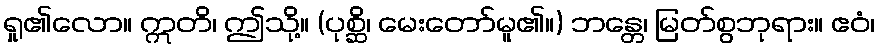
ရှု၏လော။ ဣတိ၊ ဤသို့။ (ပုစ္ဆိ၊ မေးတော်မူ၏။) ဘန္တေ၊ မြတ်စွဘုရား။ ဧဝံ၊